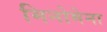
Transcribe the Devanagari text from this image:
मिनोमेना